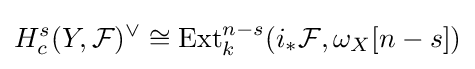
H_{c}^{s}(Y,{\mathcal {F}})^{\vee }\cong \operatorname {Ext} _{k}^{n-s}(i_{*}{\mathcal {F}},\omega _{X}[n-s])